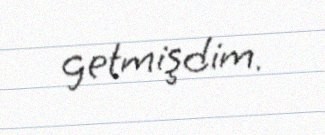
getmişdim.